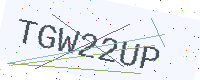
Text: TGW22UP